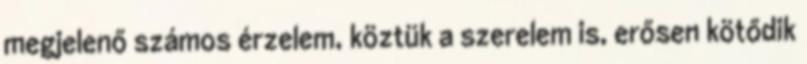
megjelenő számos érzelem, köztük a szerelem is, erősen kötődik